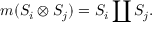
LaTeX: m ( S _ { i } \otimes S _ { j } ) = S _ { i } \coprod S _ { j } .